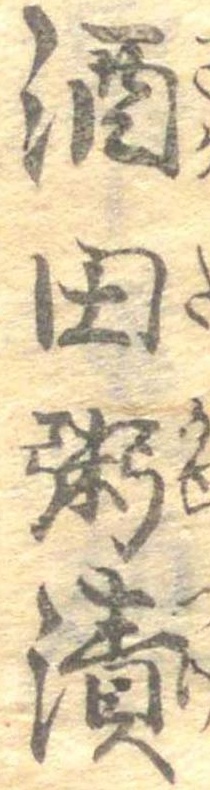
酒田粥漬